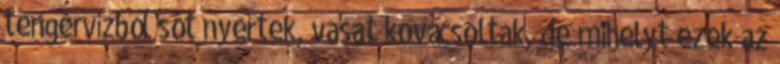
tengervízből sót nyertek, vasat kovácsoltak, de mihelyt ezek az